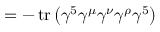
= - \operatorname { t r } \left( \gamma ^ { 5 } \gamma ^ { \mu } \gamma ^ { \nu } \gamma ^ { \rho } \gamma ^ { 5 } \right)